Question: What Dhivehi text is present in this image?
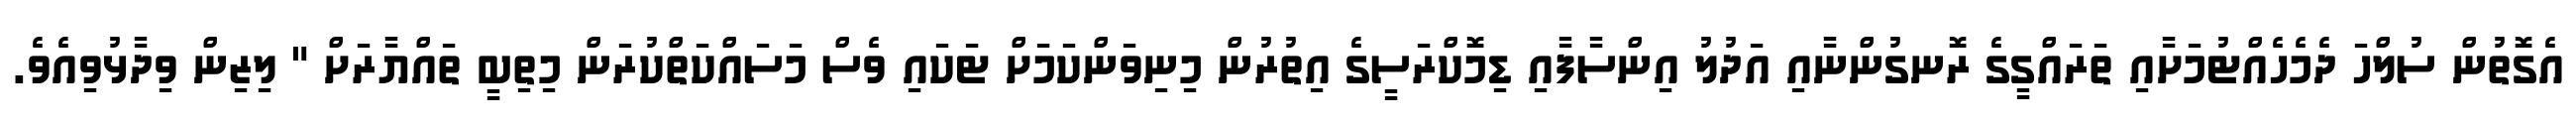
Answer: އެގޮތުން ސުލްހަ ދެމެހެއްޓުމަށާއި ތަރައްގީގެ ރޮނގުންނާއި އަދުލު އިންސާފާއި ޑިމޮކްރަސީގެ އިތުރުން މިނިވަންކަމަށް ޓަކައި ވެސް މަސައްކަތްކުރަން މިތިބީ ތައްޔާރަށް " ލިޒިން ވިދާޅުވިއެވެ.